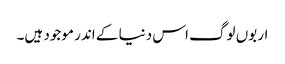
اربوں لوگ اس دنیا کے اندر موجود ہیں۔